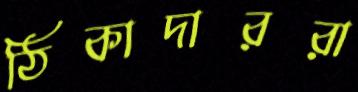
ঠিকাদাররা